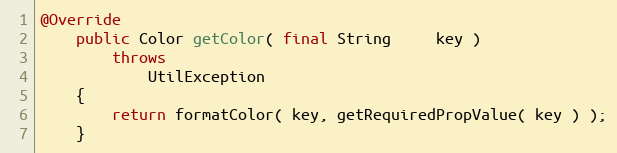
Language: Java
@Override
    public Color getColor( final String     key )
        throws
            UtilException
    {
        return formatColor( key, getRequiredPropValue( key ) );
    }